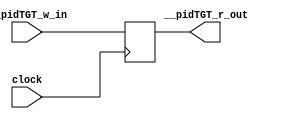

// File generated by Go version U-2022.12#33f3808fcb#221128, Thu Jan 25 16:08:15 2024
// Copyright 2014-2022 Synopsys, Inc. All rights reserved.
// go -I../lib -F -DSYNTHESIS_NO_UNGROUP -D__tct_patch__=0 -Verilog -otrv32p3_cnn_vlog -cgo_options.cfg -Itrv32p3_cnn_vlog/tmp_pdg -updg -updg_controller trv32p3_cnn



`timescale 1ns/1ps

// module pipe___pidTGT : pipe___pidTGT
module pipe___pidTGT
  ( input                clock,
    input  signed [31:0] __pidTGT_w_in, // w32
    output signed [31:0] __pidTGT_r_out // w32
  );


  reg signed [31:0] pipe_val___pidTGT_r_out;

  assign __pidTGT_r_out = pipe_val___pidTGT_r_out;


  always @ (posedge clock)
  begin : p_pipe___pidTGT
    // (_pipe_pidTGT_ID)
    // [ctrl.n:114][ctrl.n:155][ctrl.n:194]
    pipe_val___pidTGT_r_out <= __pidTGT_w_in;

  end
endmodule